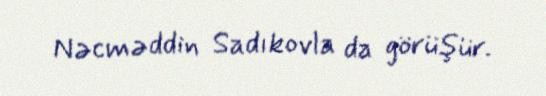
Nəcməddin Sadıkovla da görüşür.